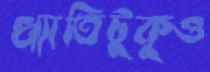
খ্যাতিটুকুও